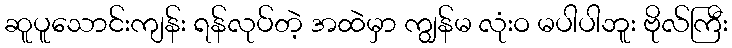
ဆူပူသောင်းကျန်း ရန်လုပ်တဲ့ အထဲမှာ ကျွန်မ လုံးဝ မပါပါဘူး ဗိုလ်ကြီး